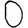
Digit: 0